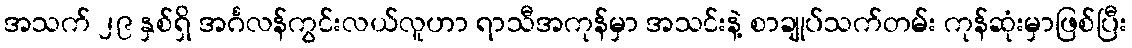
အသက် ၂၉ နှစ်ရှိ အင်္ဂလန်ကွင်းလယ်လူဟာ ရာသီအကုန်မှာ အသင်းနဲ့ စာချုပ်သက်တမ်း ကုန်ဆုံးမှာဖြစ်ပြီး